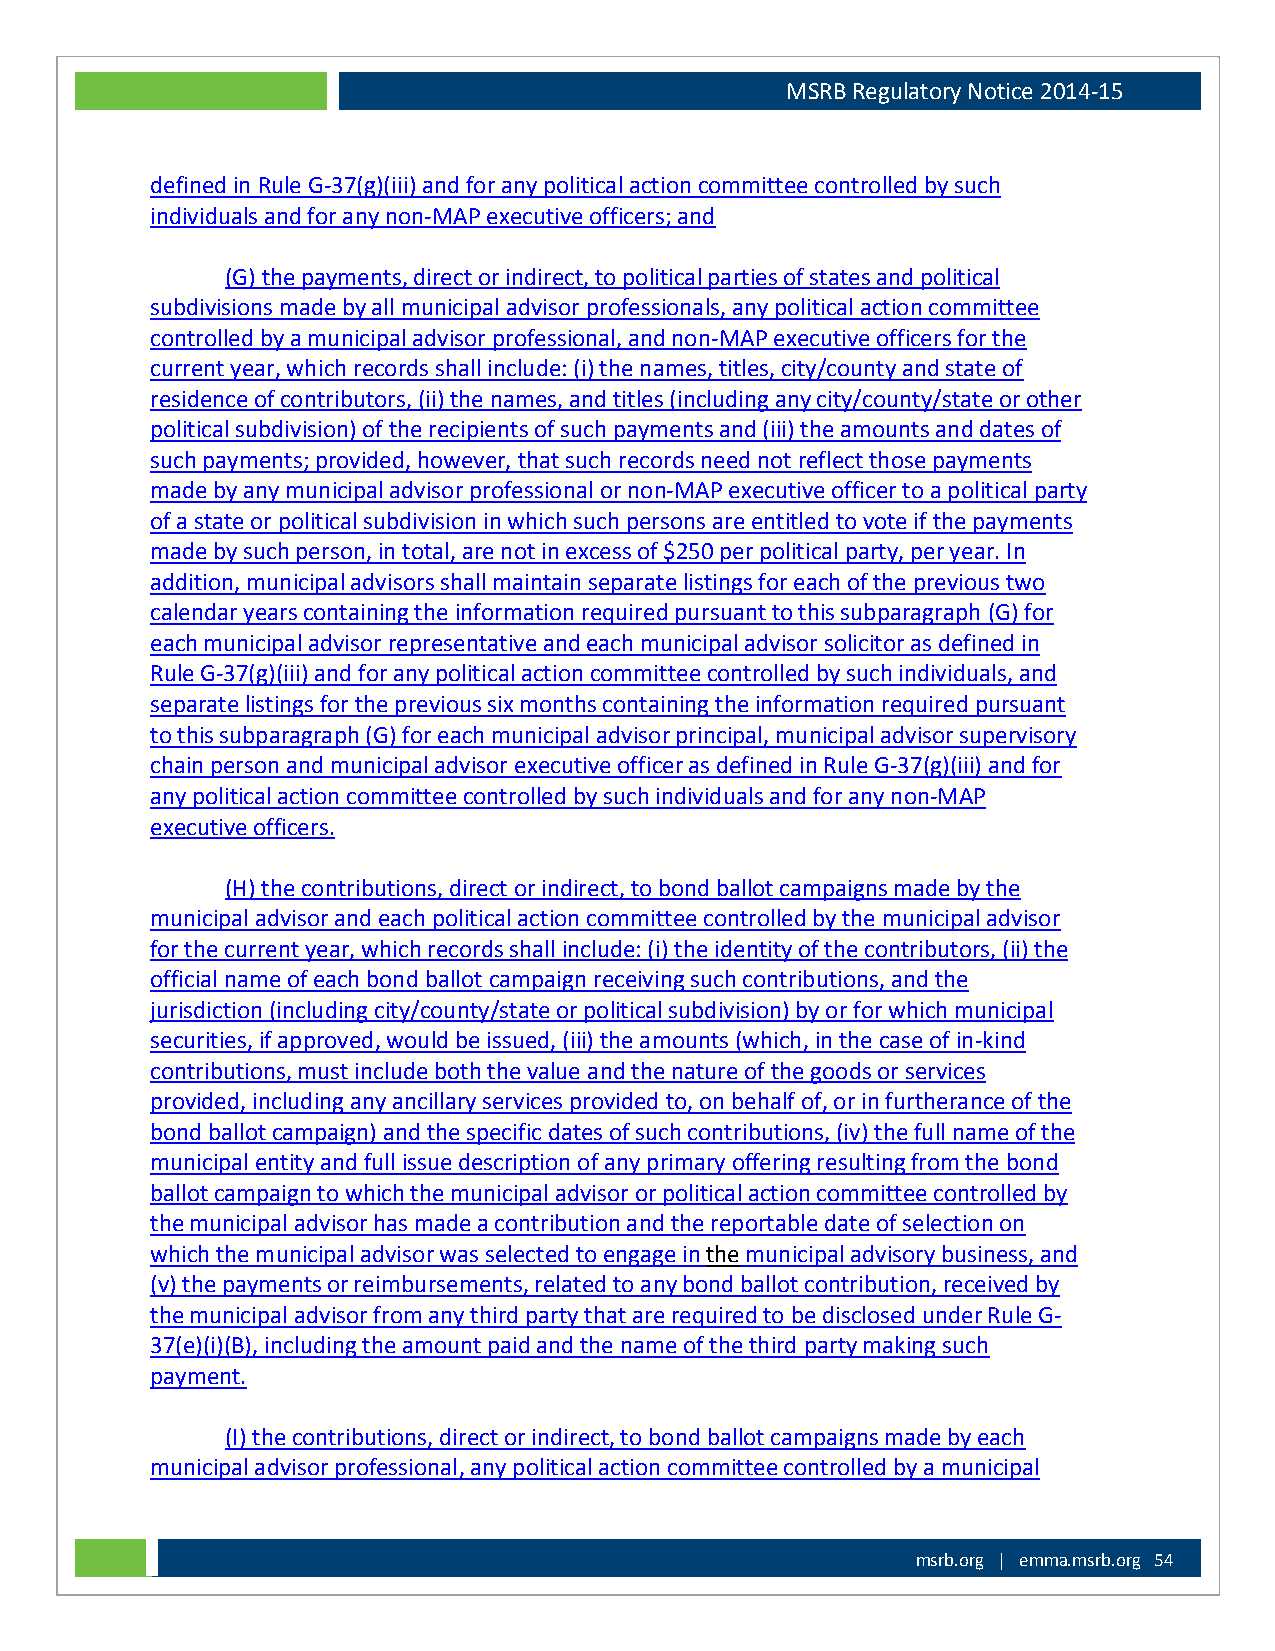
MSRB Regulatory Notice 2014-15
 defined in Rule G-37(g)(iii) and for any political action committee controlled by such
 individuals and for any non-MAP executive officers; and
 (G) the payments, direct or indirect, to political parties of states and political
 subdivisions made by all municipal advisor professionals, any political action committee
 controlled by a municipal advisor professional, and non-MAP executive officers for the
 current year, which records shall include: (i) the names, titles, city/county and state of
 residence of contributors, (ii) the names, and titles (including any city/county/state or other
 political subdivision) of the recipients of such payments and (iii) the amounts and dates of
 such payments; provided, however, that such records need not reflect those payments
 made by any municipal advisor professional or non-MAP executive officer to a political party
 of a state or political subdivision in which such persons are entitled to vote if the payments
 made by such person, in total, are not in excess of $250 per political party, per year. In
 addition, municipal advisors shall maintain separate listings for each of the previous two
 calendar years containing the information required pursuant to this subparagraph (G) for
 each municipal advisor representative and each municipal advisor solicitor as defined in
 Rule G-37(g)(iii) and for any political action committee controlled by such individuals, and
 separate listings for the previous six months containing the information required pursuant
 to this subparagraph (G) for each municipal advisor principal, municipal advisor supervisory
 chain person and municipal advisor executive officer as defined in Rule G-37(g)(iii) and for
 any political action committee controlled by such individuals and for any non-MAP
 executive officers.
 (H) the contributions, direct or indirect, to bond ballot campaigns made by the
 municipal advisor and each political action committee controlled by the municipal advisor
 for the current year, which records shall include: (i) the identity of the contributors, (ii) the
 official name of each bond ballot campaign receiving such contributions, and the
 jurisdiction (including city/county/state or political subdivision) by or for which municipal
 securities, if approved, would be issued, (iii) the amounts (which, in the case of in-kind
 contributions, must include both the value and the nature of the goods or services
 provided, including any ancillary services provided to, on behalf of, or in furtherance of the
 bond ballot campaign) and the specific dates of such contributions, (iv) the full name of the
 municipal entity and full issue description of any primary offering resulting from the bond
 ballot campaign to which the municipal advisor or political action committee controlled by
 the municipal advisor has made a contribution and the reportable date of selection on
 which the municipal advisor was selected to engage in the municipal advisory business, and
 (v) the payments or reimbursements, related to any bond ballot contribution, received by
 the municipal advisor from any third party that are required to be disclosed under Rule G-
 37(e)(i)(B), including the amount paid and the name of the third party making such
 payment.
 (I) the contributions, direct or indirect, to bond ballot campaigns made by each
 municipal advisor professional, any political action committee controlled by a municipal
 msrb.org | emma.msrb.org 54